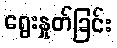
ရွေးနှုတ်ခြင်း